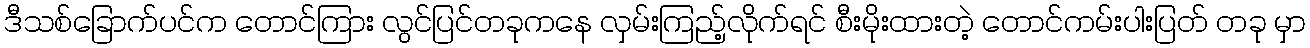
ဒီသစ်ခြောက်ပင်က တောင်ကြား လွင်ပြင်တခုကနေ လှမ်းကြည့်လိုက်ရင် စီးမိုးထားတဲ့ တောင်ကမ်းပါးပြတ် တခု မှာ